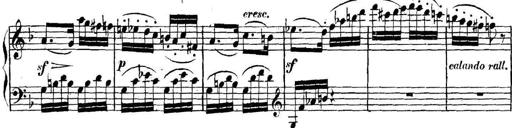
Title: Collected Piano Sonatas
Composer: Muzio Clementi